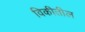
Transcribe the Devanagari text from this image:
विकीतील